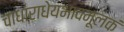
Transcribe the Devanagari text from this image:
चाधाराधेयभावमूलकं